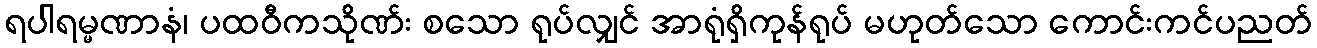
ရပါရမ္မဏာနံ၊ ပထဝီကသိုဏ်း စသော ရုပ်လျှင် အာရုံရှိကုန်ရုပ် မဟုတ်သော ကောင်းကင်ပညတ်